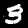
Label: 3